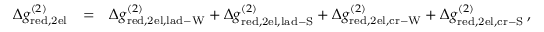
\begin{array} { r l r } { \Delta g _ { \mathrm { r e d , 2 e l } } ^ { ( 2 ) } } & { = } & { \Delta g _ { \mathrm { r e d , 2 e l , l a d - W } } ^ { ( 2 ) } + \Delta g _ { \mathrm { r e d , 2 e l , l a d - S } } ^ { ( 2 ) } + \Delta g _ { \mathrm { r e d , 2 e l , c r - W } } ^ { ( 2 ) } + \Delta g _ { \mathrm { r e d , 2 e l , c r - S } } ^ { ( 2 ) } \, , } \end{array}